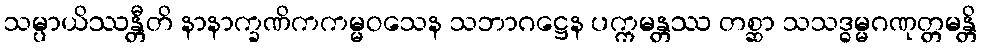
သမ္ပာယိဿန္တီတိ နာနာက္ခဏိကကမ္မဝသေန သဘာဂဋ္ဌေန ပက္ကမန္တဿ တစ္ဆာ သသဒ္ဓမ္မဂဏုတ္တမန္တိ